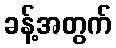
ခန့်အတွက်